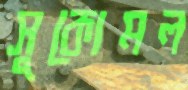
সুকোমল